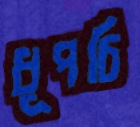
ধূপচি